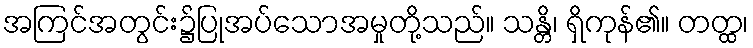
အကြင်အတွင်း၌ပြုအပ်သောအမှုတို့သည်။ သန္တိ၊ ရှိကုန်၏။ တတ္ထ၊